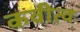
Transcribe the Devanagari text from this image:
कवीत्व